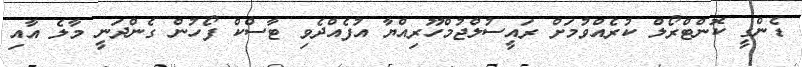
ޑެންގީ ކޮންޓްރޯލް ކުރެއްވުމަށް ރައީސުލްޖުމްހޫރިއްޔާ އުފެއްދެވި ޓާސްކް ފޯހުން ގެންދަނީ މާލެ އާއި